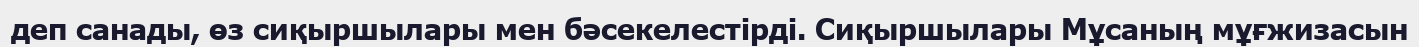
деп санады, өз сиқыршылары мен бәсекелестірді. Сиқыршылары Мұсаның мұғжизасын